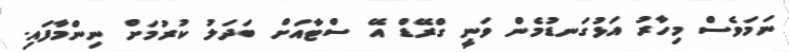
ނަމަވެސް މިހާރު އަޅުގަނޑުމެން ވަނީ ގްރޭޑް އޭ ސްޓާއަށް ބަދަލު ކުރުމަށް ނިންމާފައި.